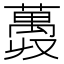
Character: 𫉨